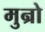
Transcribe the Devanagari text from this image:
मुन्रो